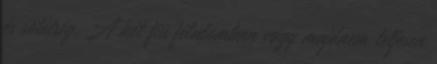
és sötétség. A két fiú félálomban vagy majdnem teljesen